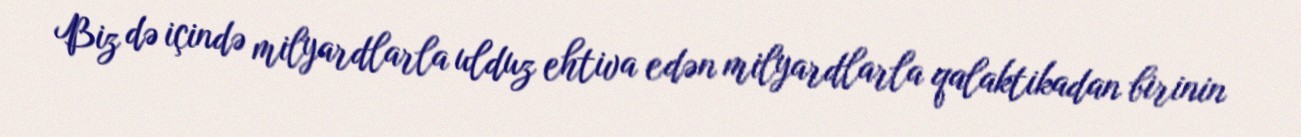
Biz də içində milyardlarla ulduz ehtiva edən milyardlarla qalaktikadan birinin